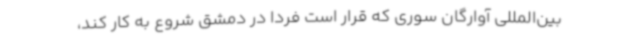
بین‌المللی آوارگان سوری که قرار است فردا در دمشق شروع به کار کند،